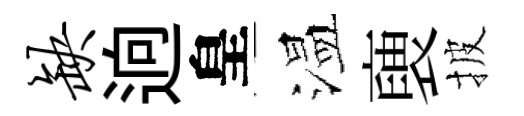
缺逈皇温褏披